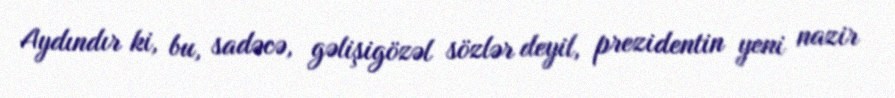
Aydındır ki, bu, sadəcə, gəlişigözəl sözlər deyil, prezidentin yeni nazir